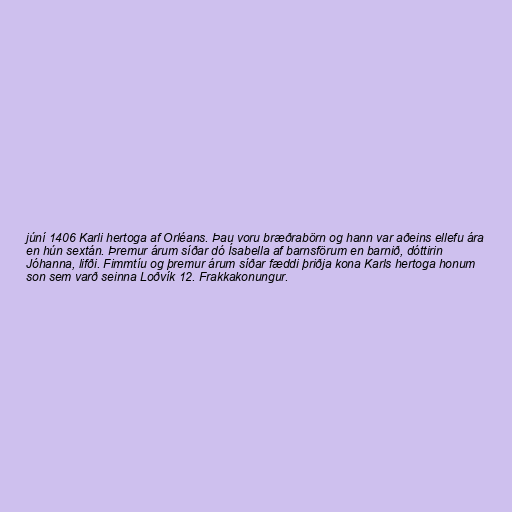
júní 1406 Karli hertoga af Orléans. Þau voru bræðrabörn og hann var aðeins ellefu ára
en hún sextán. Þremur árum síðar dó Ísabella af barnsförum en barnið, dóttirin
Jóhanna, lifði. Fimmtíu og þremur árum síðar fæddi þriðja kona Karls hertoga honum
son sem varð seinna Loðvík 12. Frakkakonungur.